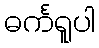
ဓင်္ကရူပါ